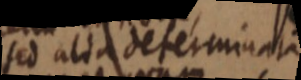
sed alia determinata